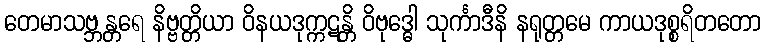
တေမာသဗ္ဘန္တရေ နိဗ္ဗတ္တိယာ ဝိနယဒုက္ကဋန္တိ ဝိဗုဒ္ဓေါ သုင်္ကာဒီနိ နရုတ္တမေ ကာယဒုစ္စရိတတော